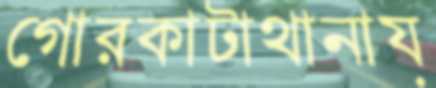
গোরকাটাথানায়